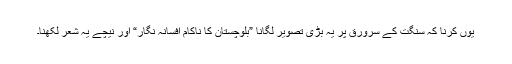
یوں کرنا کہ سنگت کے سرورق پر یہ بڑی تصویر لگانا ”بلوچستان کا ناکام افسانہ نگار“ اور نیچے یہ شعر لکھنا۔